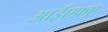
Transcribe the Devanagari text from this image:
आईएफ़ए